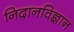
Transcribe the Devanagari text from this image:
निदानविज्ञान